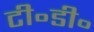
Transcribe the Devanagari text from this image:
टी॰डी॰